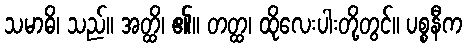
သမာဓိ၊ သည်။ အတ္ထိ၊ ၏။ တတ္ထ၊ ထိုလေးပါးတို့တွင်။ ပစ္စနီက